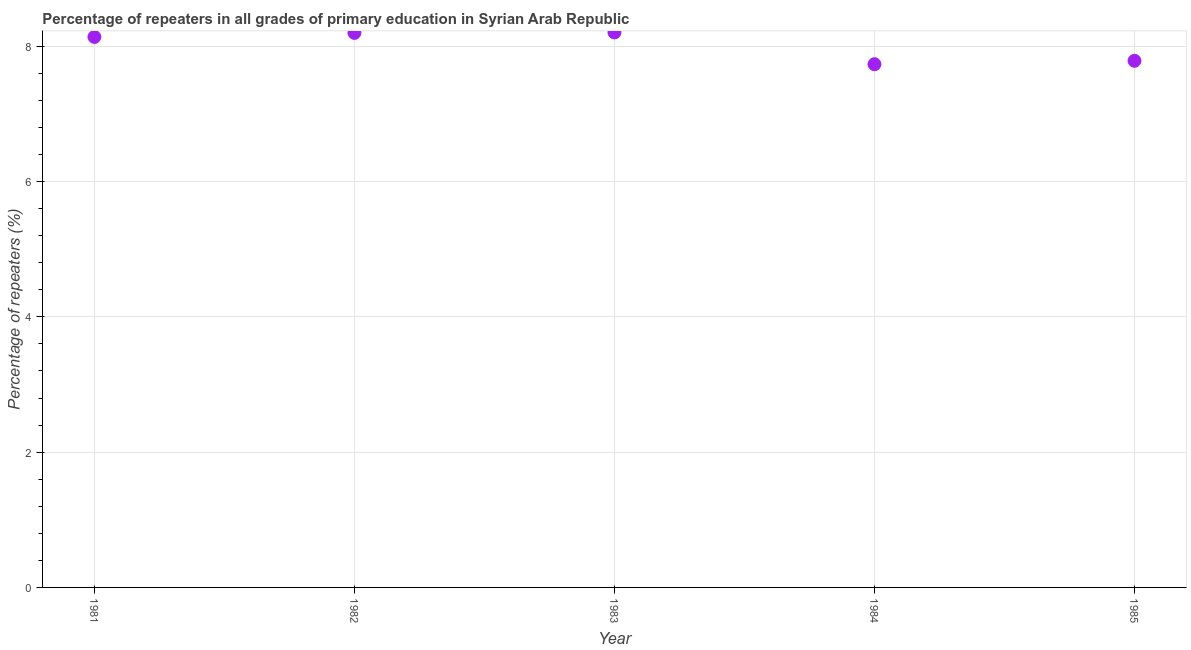
| Year | Repeaters in primary education |
 | --- | --- |
 | 1981 | 8.14 |
 | 1982 | 8.2 |
 | 1983 | 8.21 |
 | 1984 | 7.74 |
 | 1985 | 7.79 |